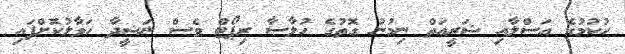
ހުކުމުގެ އަސްލާއި ޝަރީއަތް ނިމުނު ގޮތުގެ ހުލާސާ ރިޕޯޓް ވެސް ނަޝީދާ ހަވާލުކޮށްފައި